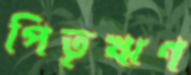
পিতৃঋণ